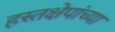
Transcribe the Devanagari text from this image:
हस्तक्षेपांच्या